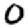
Digit: 0